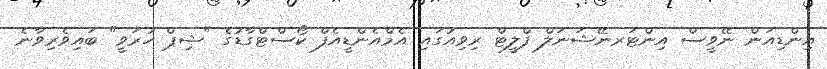
އިންޑިއަން ނޭވީސް އިންޓަރނޭޝަނަލް ފްލީޓް ރިވިއުގައި އެމްއެންޑީއެފް ކޯސްޓްގާޑުގެ "ޝިޕް ހުރަވީ" ބައިވެރިވާނެ